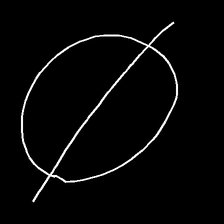
Glyph: orb